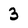
Character: 3